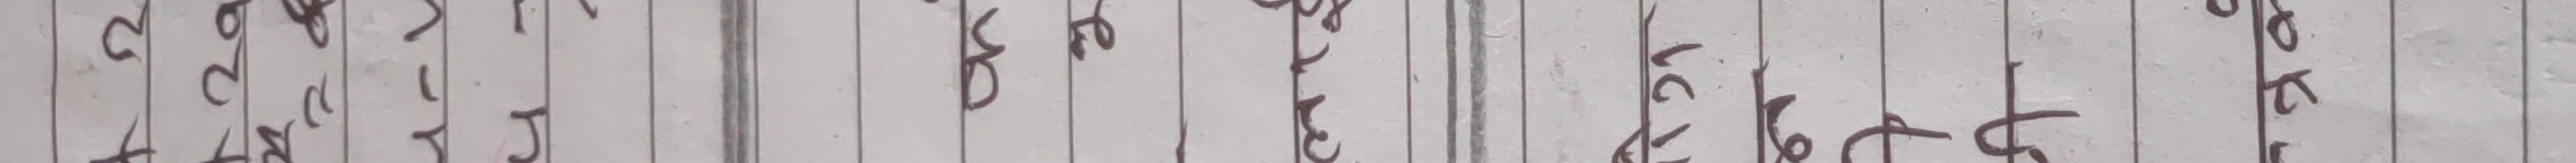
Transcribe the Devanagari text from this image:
$30224-74$
अनुसार
kết thức
बढ्ने